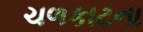
ચળકાટના